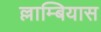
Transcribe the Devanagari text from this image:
ल्लाम्बियास